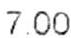
7.00